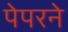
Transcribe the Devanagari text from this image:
पेपरने